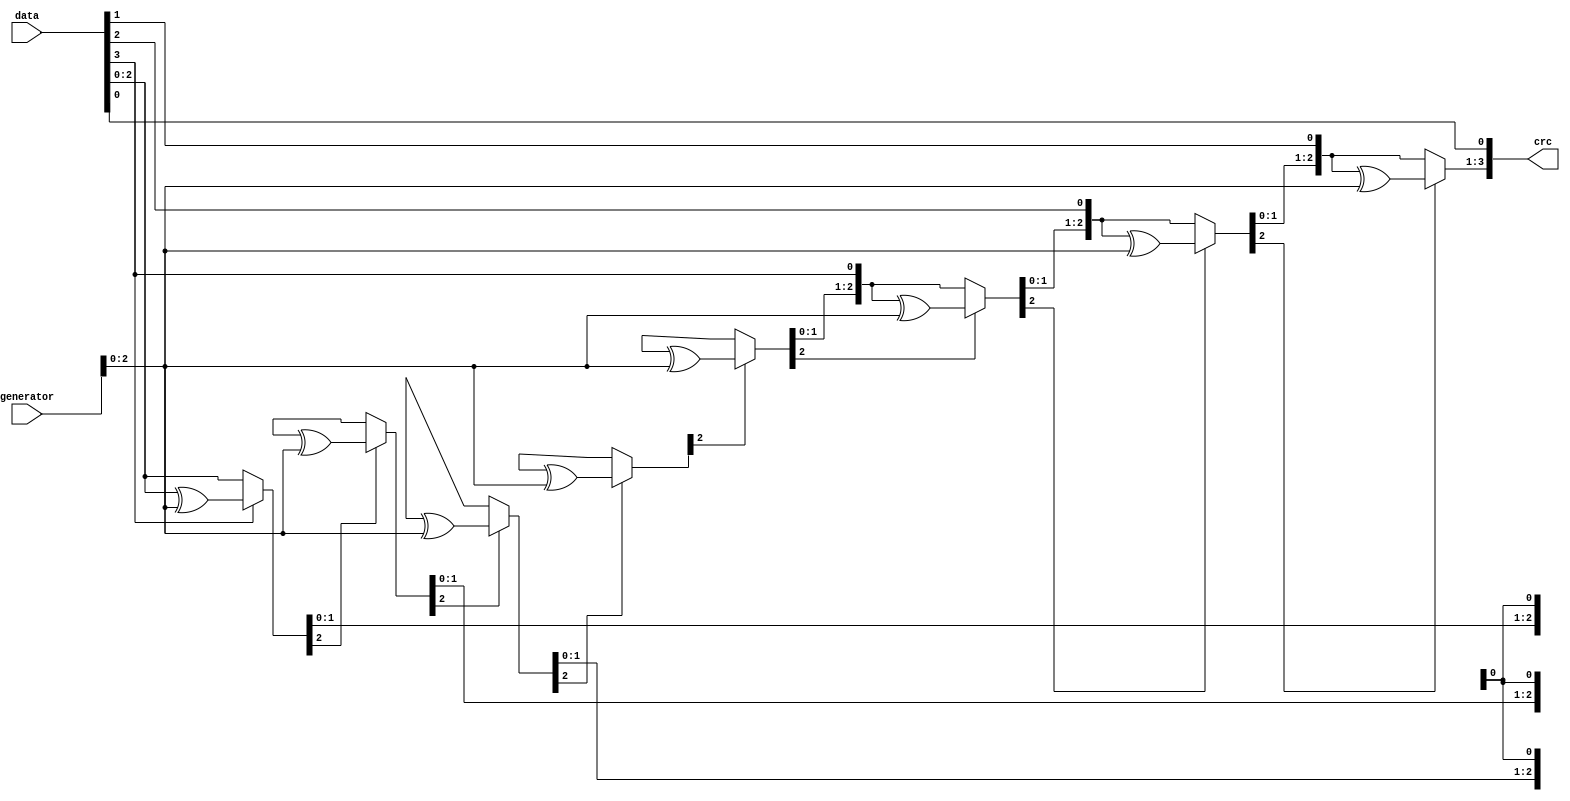
module crc (input wire [7:0] data, input wire [3:0] generator, output reg [3:0] crc);
  reg [3:0] data_reg = data;
  reg [3:0] generator_reg = generator;
  reg [3:0] temp;
  integer i;

  always @ (data or generator) begin
    crc = 0;
    temp = data_reg;
    for (i=7; i>=0; i=i-1) begin
      if (temp[3] == 1'b1) begin
        temp = temp ^ generator_reg;
      end
      temp = temp << 1;
      temp[0] = data_reg[i];
    end
    crc = temp[3:0];
  end
endmodule